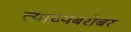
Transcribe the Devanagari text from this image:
त्यांच्यबरोबर